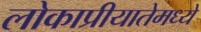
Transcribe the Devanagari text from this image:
लोकाप्रीयातेमध्ये